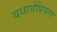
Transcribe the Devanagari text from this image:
यथार्थप्रियता